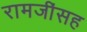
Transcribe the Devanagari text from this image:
रामजींसह